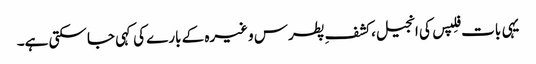
یہی بات فِلپس کی انجیل، کشفِ پطرس وغیرہ کے بارے کی کہی جا سکتی ہے۔